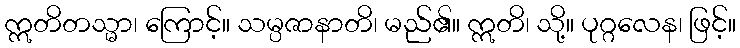
ဣတိတသ္မာ၊ ကြောင့်။ သမ္ပဇာနာတိ၊ မည်၏။ ဣတိ၊ သို့။ ပုဂ္ဂလေန၊ ဖြင့်။